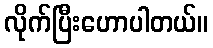
လိုက်ပြီးဟောပါတယ်။